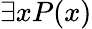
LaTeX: \exists xP(x)